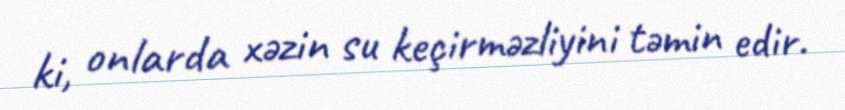
ki, onlarda xəzin su keçirməzliyini təmin edir.